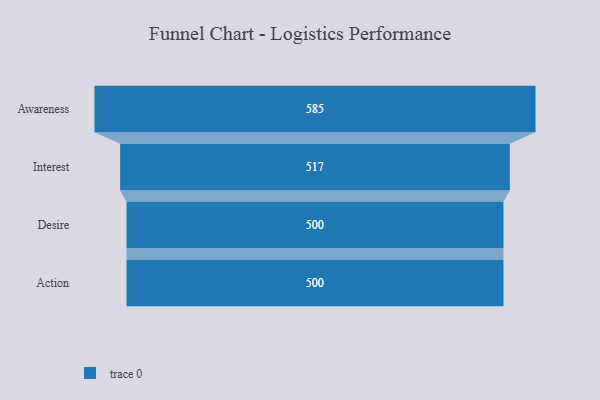
{"axis": {"x": "Stage", "y": "Value"}, "legend": [""], "data": [{"x": "Awareness", "y": 585.0, "type": ""}, {"x": "Interest", "y": 517.0, "type": ""}, {"x": "Desire", "y": 500, "type": ""}, {"x": "Action", "y": 500, "type": ""}]}